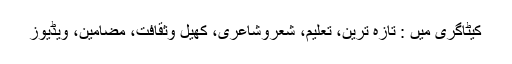
کیٹاگری میں : تازہ ترین، تعلیم، شعروشاعری، کھیل وثقافت، مضامین، ویڈیوز